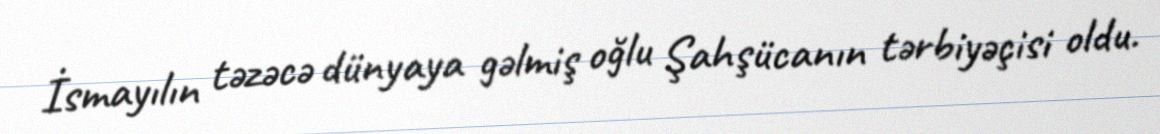
İsmayılın təzəcə dünyaya gəlmiş oğlu Şahşücanın tərbiyəçisi oldu.